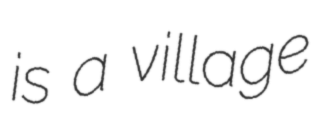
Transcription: is a village